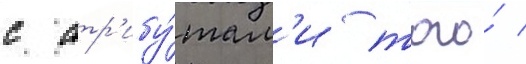
с атр'ибу́там'и того́ /